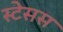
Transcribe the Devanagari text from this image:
स्टेसस